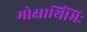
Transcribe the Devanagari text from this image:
मोक्षार्थिभिः